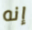
إنه